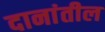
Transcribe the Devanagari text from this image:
दानांतील